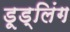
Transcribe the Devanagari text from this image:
डूड्लिंग